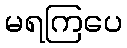
မရကြပေ